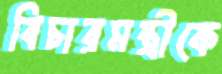
বিচারমন্ত্রীকে